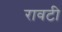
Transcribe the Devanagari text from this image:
रावटी